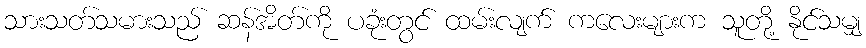
သားသတ်သမားသည် ဆန်အိတ်ကို ပခုံးတွင် ထမ်းလျက် ကလေးများက သူတို့ နိုင်သမျှ